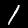
Digit: 1